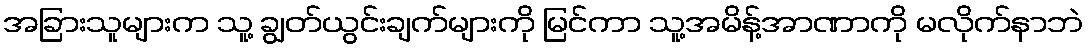
အခြားသူများက သူ့ ချွတ်ယွင်းချက်များကို မြင်ကာ သူ့အမိန့်အာဏာကို မလိုက်နာဘဲ